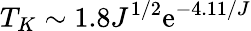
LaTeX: T_{K}\sim1.8J^{1/2}\mathrm{e}^{-4.11/J}